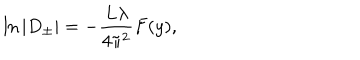
\ln \vert D _ { \pm } \vert = - \frac { L \lambda } { 4 \pi ^ { 2 } } F ( y ) ,